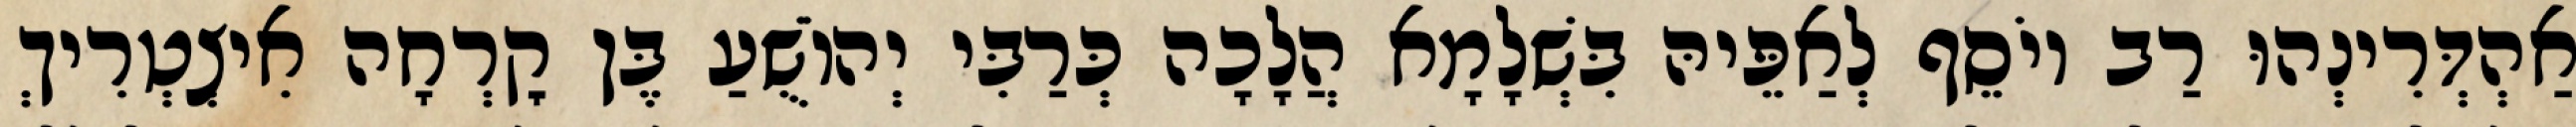
אַהְדְּרִינְהוּ רַב יוֹסֵף לְאַפֵּיהּ בִּשְׁלָמָא הֲלָכָה כְּרַבִּי יְהוֹשֻׁעַ בֶּן קׇרְחָה אִיצְטְרִיךְ